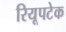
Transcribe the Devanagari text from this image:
रियूपटेक